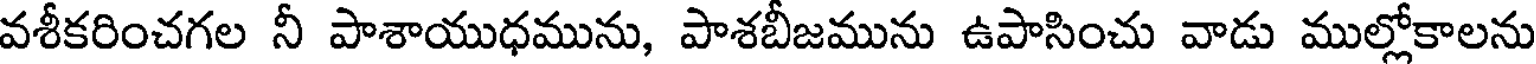
వశీకరించగల నీ పాశాయుధమును, పాశబీజమును ఉపాసించు వాడు ముల్లోకాలను